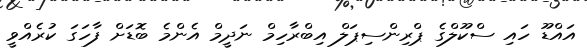
އައްޑޫ ހައި ސްކޫލްގެ ޕްރިންސިޕަލް އިބްރާހިމް ނަދީމް އެންމެ ބޮޑަށް ފާހަގަ ކުރެެެއްވީ